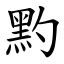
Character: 䵠